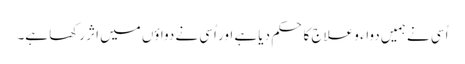
اُسی نے ہمیں دواء و علاج کا حکم دیا ہے اور اُسی نے دواؤں میں اثر رکھا ہے۔